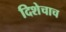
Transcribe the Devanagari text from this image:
दिशेचाच